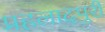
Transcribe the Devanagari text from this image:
प्रहलादपुरी